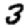
Digit: 3